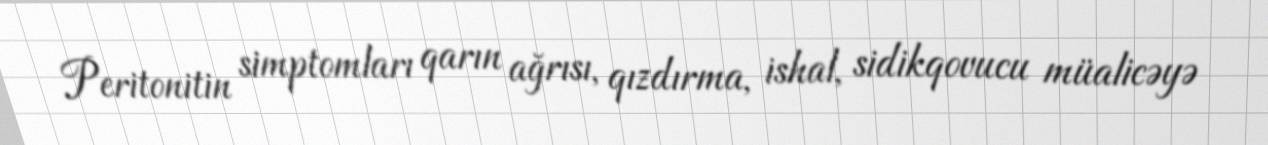
Peritonitin simptomları qarın ağrısı, qızdırma, ishal, sidikqovucu müalicəyə